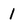
Character: 1